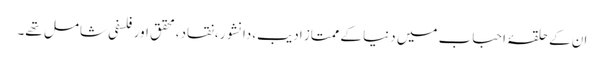
ان کے حلقۂ احباب میں دنیا کے ممتاز ادیب،دانشور،نقاد،محقق اور فلسفی شامل تھے۔